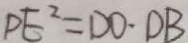
D E ^ { 2 } = D O \cdot D B